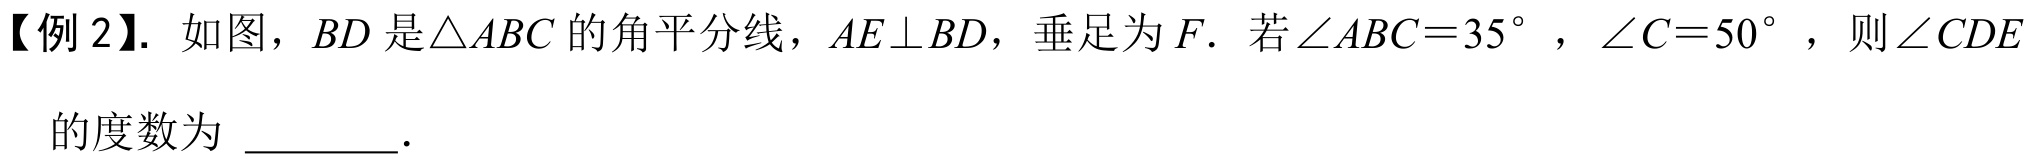
【例 2】. 如图，\(BD\)是\(\triangle ABC\)的角平分线，\(AE\perp BD\)，垂足为\(F\). 若\(\angle ABC = 35^{\circ}\)，\(\angle C = 50^{\circ}\)，则\(\angle CDE\)的度数为 \(\underline{\quad\quad}\).